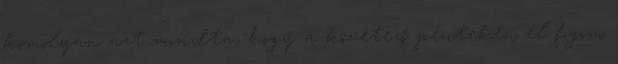
komolyan azt mondta, hogy a követező pénteken el fogom